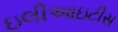
ઇલીઆઇટીસ